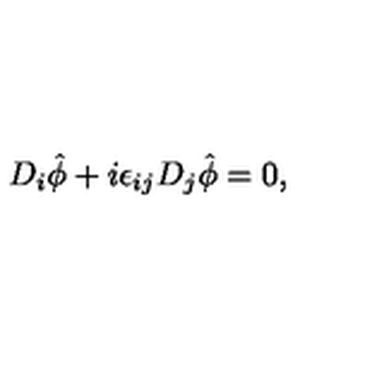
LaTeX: D _ { i } \hat { \phi } + i \epsilon _ { i j } D _ { j } \hat { \phi } = 0 ,